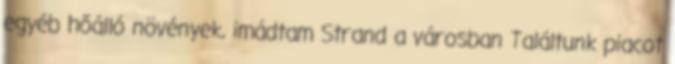
egyéb hőálló növények, imádtam Strand a városban Találtunk piacot